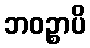
ဘဝဉ္စာပိ